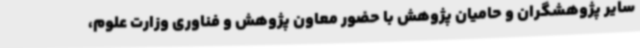
سایر پژوهشگران و حامیان پژوهش با حضور معاون پژوهش و فناوری وزارت علوم،